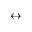
\leftrightarrow